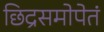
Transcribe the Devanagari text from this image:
छिद्रसमोपेतं